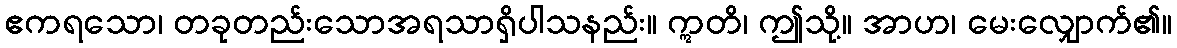
ဧကရသော၊ တခုတည်းသောအရသာရှိပါသနည်း။ ဣတိ၊ ဤသို့။ အာဟ၊ မေးလျှောက်၏။